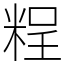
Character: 𥺆